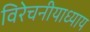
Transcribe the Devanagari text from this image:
विरेचनीयाध्याय